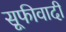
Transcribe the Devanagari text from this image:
सूफीवादी